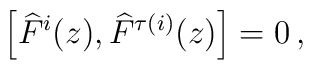
\left[ \widehat{F}^{i}(z),\widehat{F}^{\tau (i)}(z)\right] =0\, ,